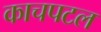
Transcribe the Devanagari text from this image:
काचपटल